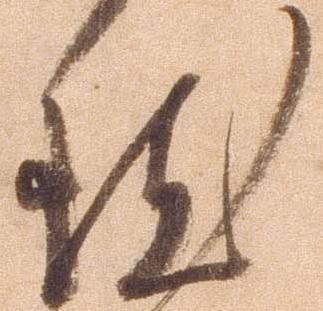
然